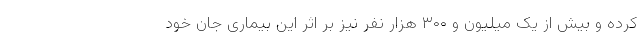
کرده و بیش از یک میلیون و ۳۰۰ هزار نفر نیز بر اثر این بیماری جان خود